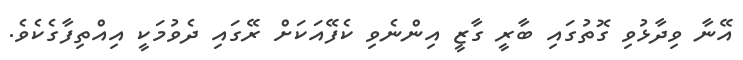
އޭނާ ވިދާޅުވި ގޮތުގައި ބާރީ ގާޒީ އިންނެވި ކެފޭއަކަށް ރޭގައި ދެވުމަކީ އިއްތިފާގެކެވެ.